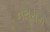
નથૂરામ